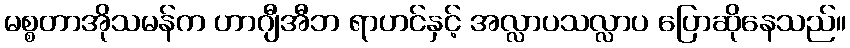
မစ္စတာအိုသမန်က ဟာဂျီအီဘ ရာဟင်နှင့် အလ္လာပသလ္လာပ ပြောဆိုနေသည်။